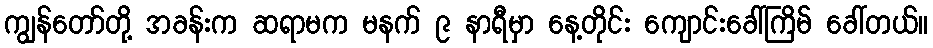
ကျွန်တော်တို့ အခန်းက ဆရာမက မနက် ၉ နာရီမှာ နေ့တိုင်း ကျောင်းခေါ်ကြိမ် ခေါ်တယ်။